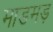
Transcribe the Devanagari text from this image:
माडमड़